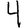
Digit: 4